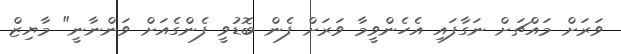
ވަރަށް މައްޗަށް ނަގާފައި އެހެންވީމާ ވަރަށް ފެން ބޮޑުވީ ފެންގެއަށް ވަންނާނީ" މާޔިޒް